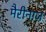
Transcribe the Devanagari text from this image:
मैरीनाज़